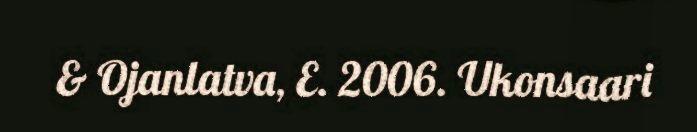
& Ojanlatva, E. 2006. Ukonsaari